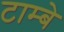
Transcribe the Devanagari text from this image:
टाम्बे